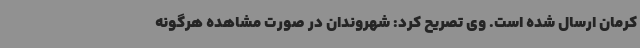
کرمان ارسال شده است. وی تصریح کرد: شهروندان در صورت مشاهده هرگونه